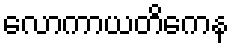
လောကာယတိကေန